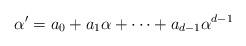
LaTeX: \begin{align*}\alpha'= a_0+a_1\alpha+\cdots+a_{d-1}\alpha^{d-1}\end{align*}